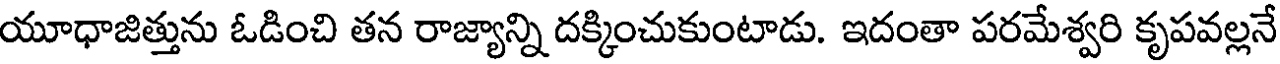
యూధాజిత్తును ఓడించి తన రాజ్యాన్ని దక్కించుకుంటాడు. ఇదంతా పరమేశ్వరి కృపవల్లనే